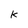
Character: k